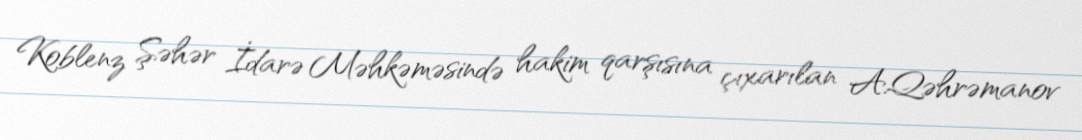
Koblenz Şəhər İdarə Məhkəməsində hakim qarşısına çıxarılan A.Qəhrəmanov